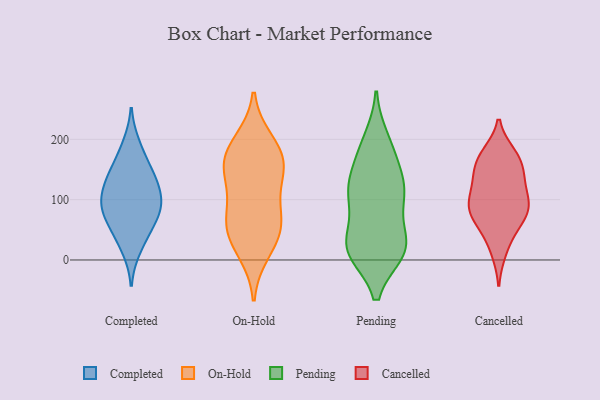
{"axis": {"x": "Inventory Turnover", "y": "Value"}, "legend": ["Cancelled", "Completed", "On-Hold", "Pending"], "data": [{"x": "", "y": 81, "type": "Completed"}, {"x": "", "y": 109, "type": "Completed"}, {"x": "", "y": 164, "type": "Completed"}, {"x": "", "y": 83, "type": "Completed"}, {"x": "", "y": 138, "type": "Completed"}, {"x": "", "y": 137, "type": "Completed"}, {"x": "", "y": 51, "type": "Completed"}, {"x": "", "y": 92, "type": "Completed"}, {"x": "", "y": 49, "type": "Completed"}, {"x": "", "y": 192, "type": "Completed"}, {"x": "", "y": 91, "type": "Completed"}, {"x": "", "y": 127, "type": "Completed"}, {"x": "", "y": 17, "type": "Completed"}, {"x": "", "y": 155, "type": "On-Hold"}, {"x": "", "y": 180, "type": "On-Hold"}, {"x": "", "y": 118, "type": "On-Hold"}, {"x": "", "y": 48, "type": "On-Hold"}, {"x": "", "y": 44, "type": "On-Hold"}, {"x": "", "y": 195, "type": "On-Hold"}, {"x": "", "y": 15, "type": "On-Hold"}, {"x": "", "y": 162, "type": "On-Hold"}, {"x": "", "y": 153, "type": "On-Hold"}, {"x": "", "y": 72, "type": "On-Hold"}, {"x": "", "y": 69, "type": "On-Hold"}, {"x": "", "y": 199, "type": "Pending"}, {"x": "", "y": 32, "type": "Pending"}, {"x": "", "y": 117, "type": "Pending"}, {"x": "", "y": 23, "type": "Pending"}, {"x": "", "y": 111, "type": "Pending"}, {"x": "", "y": 34, "type": "Pending"}, {"x": "", "y": 16, "type": "Pending"}, {"x": "", "y": 15, "type": "Pending"}, {"x": "", "y": 14, "type": "Pending"}, {"x": "", "y": 110, "type": "Pending"}, {"x": "", "y": 136, "type": "Pending"}, {"x": "", "y": 15, "type": "Pending"}, {"x": "", "y": 114, "type": "Pending"}, {"x": "", "y": 175, "type": "Pending"}, {"x": "", "y": 181, "type": "Pending"}, {"x": "", "y": 98, "type": "Pending"}, {"x": "", "y": 52, "type": "Cancelled"}, {"x": "", "y": 127, "type": "Cancelled"}, {"x": "", "y": 139, "type": "Cancelled"}, {"x": "", "y": 177, "type": "Cancelled"}, {"x": "", "y": 84, "type": "Cancelled"}, {"x": "", "y": 102, "type": "Cancelled"}, {"x": "", "y": 95, "type": "Cancelled"}, {"x": "", "y": 13, "type": "Cancelled"}, {"x": "", "y": 55, "type": "Cancelled"}, {"x": "", "y": 142, "type": "Cancelled"}, {"x": "", "y": 82, "type": "Cancelled"}, {"x": "", "y": 87, "type": "Cancelled"}, {"x": "", "y": 175, "type": "Cancelled"}, {"x": "", "y": 162, "type": "Cancelled"}]}